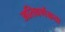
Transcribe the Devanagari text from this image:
अतिवर्णकता